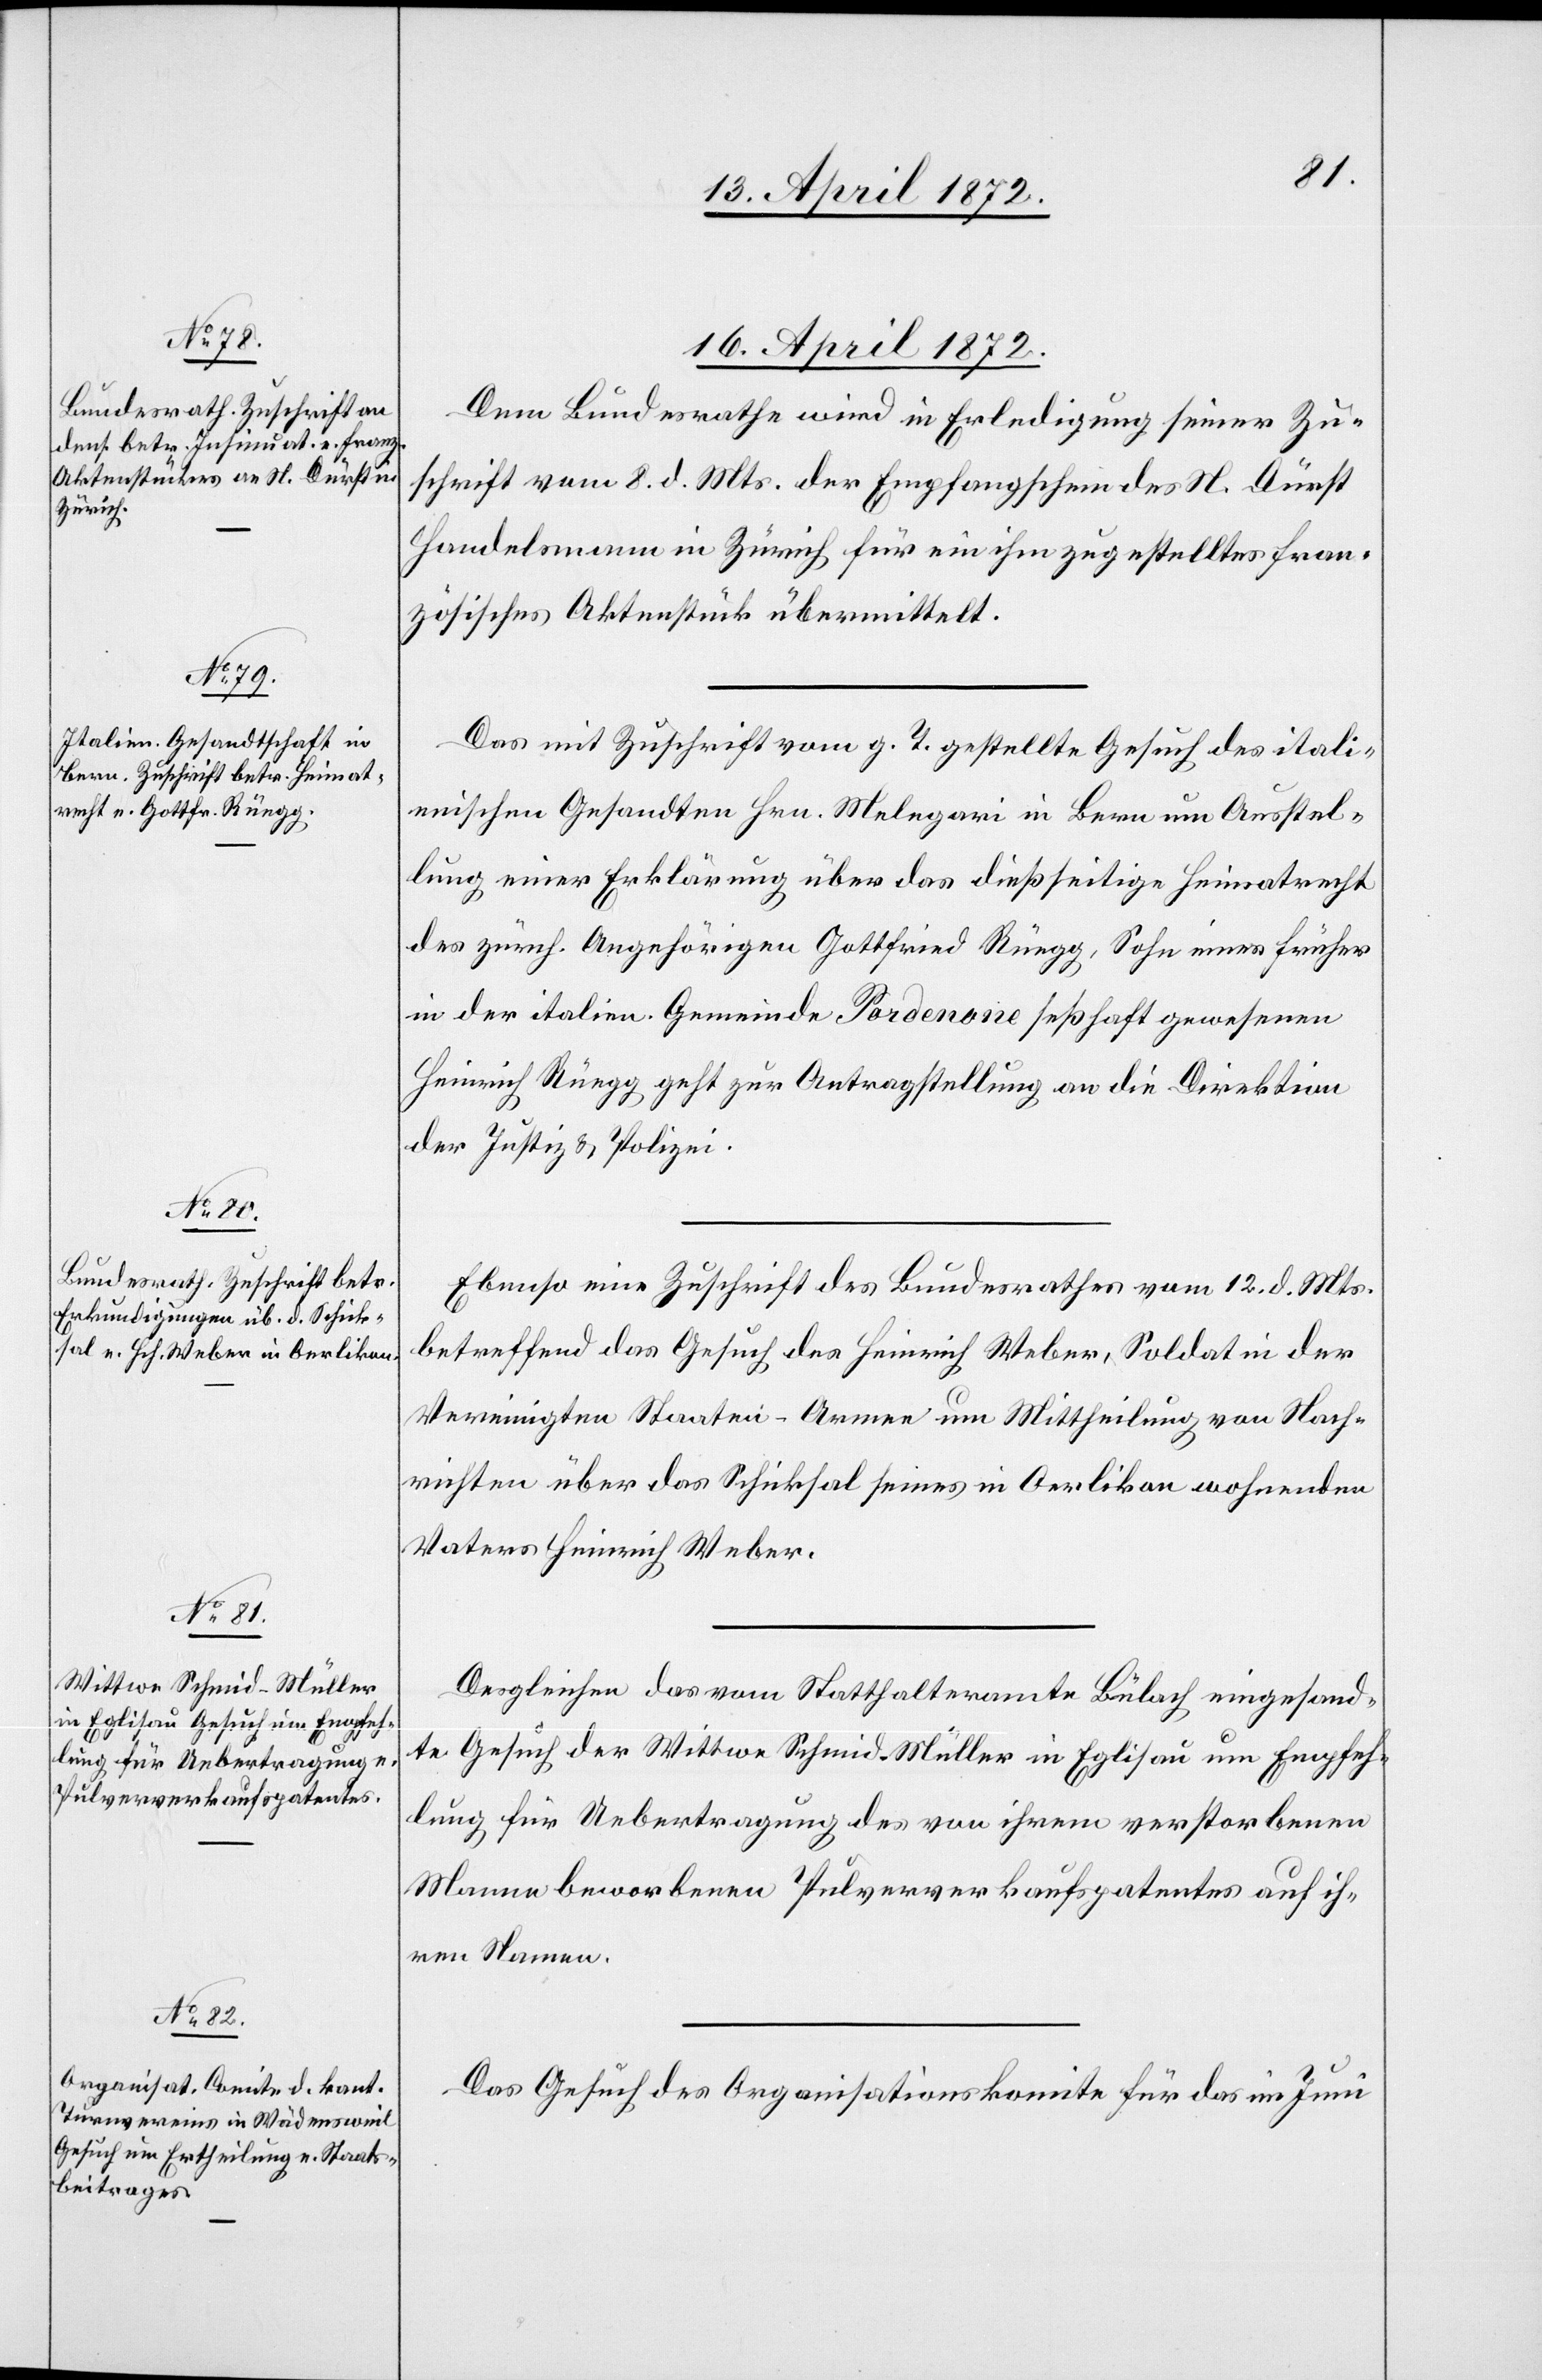
16. April 1872.]
16. April 1872.
Dem Bundesrathe wird in Erledigung seiner Zu¬
schrift vom 8. d. Mts. der Empfangschein des N. Dürst
Handelsmann in Zürich für ein ihm zugestelltes fran¬
zösisches Aktenstück übermittelt.
Das mit Zuschrift vom g. T. gestellte Gesuch des itali¬
enischen Gesandten Hrn Melegari in Bern um Ausstel¬
lung einer Erklärung über das dießseitige Heimatrecht
des zürch. Angehörigen Gottfried Rüegg, Sohn eines früher
in der italien. Gemeinde Pordenone seßhaft gewesenen
Heinrich Rüegg geht zur Antragstellung an die Direktion
der Justiz u. Polizei.
Ebenso eine Zuschrift des Bundesrathes vom 12. d. Mts.
betreffend das Gesuch des Heinrich Weber, Soldat in der
Vereinigten Staaten-Armee um Mittheilung von Nach¬
richten über das Schicksal seines in Oerlikon wohnenden
Vaters Heinrich Weber.
Desgleichen das vom Statthalteramte Bülach eingesand¬
te Gesuch der Wittwe Schmid-Müller in Eglisau um Empfeh¬
lung für Uebertragung des von ihrem verstorbenen
Manne beworbenen Pulververkaufspatentes auf ih¬
ren Namen.
Das Gesuch des Organisationskomite für das im Juni